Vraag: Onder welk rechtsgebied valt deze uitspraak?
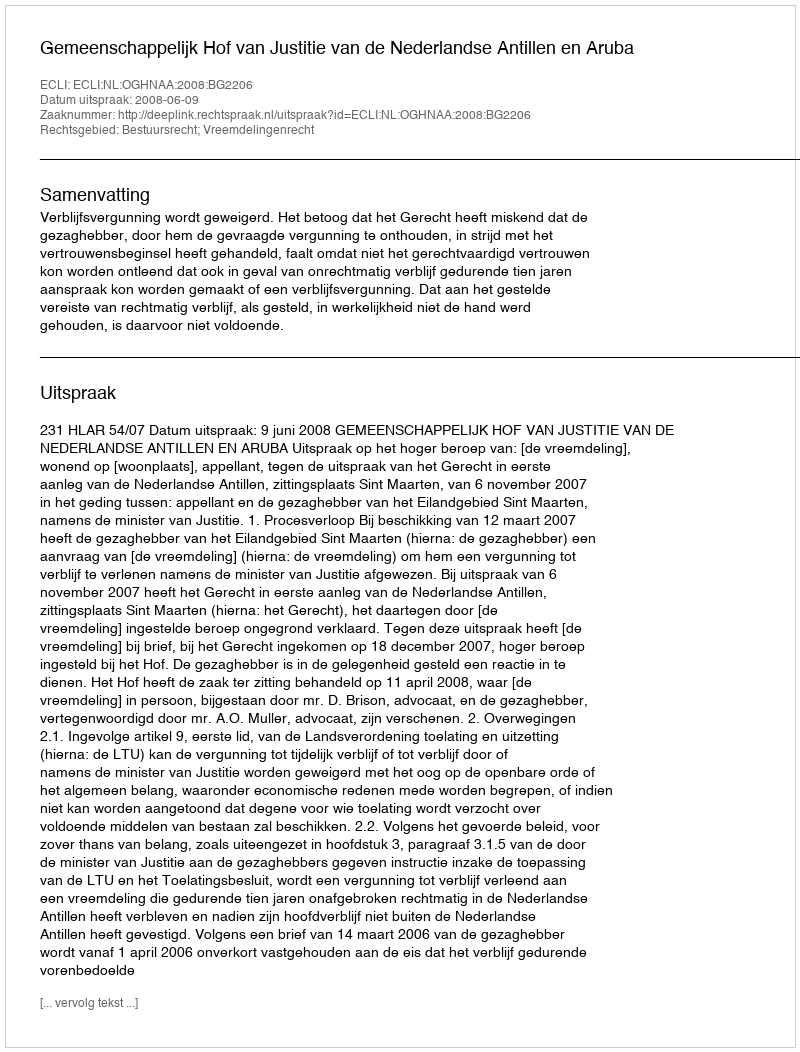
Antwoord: Bestuursrecht; Vreemdelingenrecht